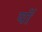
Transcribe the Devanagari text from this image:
यॉ